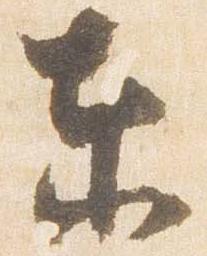
東